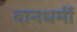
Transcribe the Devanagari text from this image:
दानधर्मी